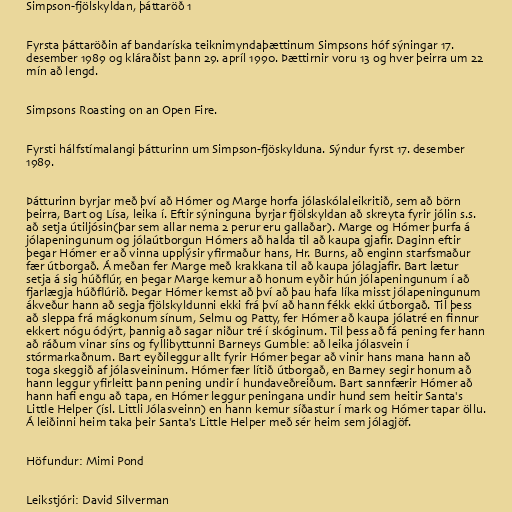
Simpson-fjölskyldan, þáttaröð 1

Fyrsta þáttaröðin af bandaríska teiknimyndaþættinum Simpsons hóf sýningar 17.
desember 1989 og kláraðist þann 29. apríl 1990. Þættirnir voru 13 og hver þeirra um 22
mín að lengd.

Simpsons Roasting on an Open Fire.

Fyrsti hálfstímalangi þátturinn um Simpson-fjöskylduna. Sýndur fyrst 17. desember
1989.

Þátturinn byrjar með því að Hómer og Marge horfa jólaskólaleikritið, sem að börn
þeirra, Bart og Lísa, leika í. Eftir sýninguna byrjar fjölskyldan að skreyta fyrir jólin s.s.
að setja útiljósin(þar sem allar nema 2 perur eru gallaðar). Marge og Hómer þurfa á
jólapeningunum og jólaútborgun Hómers að halda til að kaupa gjafir. Daginn eftir
þegar Hómer er að vinna upplýsir yfirmaður hans, Hr. Burns, að enginn starfsmaður
fær útborgað. Á meðan fer Marge með krakkana til að kaupa jólagjafir. Bart lætur
setja á sig húðflúr, en þegar Marge kemur að honum eyðir hún jólapeningunum í að
fjarlægja húðflúrið. Þegar Hómer kemst að því að þau hafa líka misst jólapeningunum
ákveður hann að segja fjölskyldunni ekki frá því að hann fékk ekki útborgað. Til þess
að sleppa frá mágkonum sínum, Selmu og Patty, fer Hómer að kaupa jólatré en finnur
ekkert nógu ódýrt, þannig að sagar niður tré í skóginum. Til þess að fá pening fer hann
að ráðum vinar síns og fyllibyttunni Barneys Gumble: að leika jólasvein í
stórmarkaðnum. Bart eyðileggur allt fyrir Hómer þegar að vinir hans mana hann að
toga skeggið af jólasveininum. Hómer fær lítið útborgað, en Barney segir honum að
hann leggur yfirleitt þann pening undir í hundaveðreiðum. Bart sannfærir Hómer að
hann hafi engu að tapa, en Hómer leggur peningana undir hund sem heitir Santa's
Little Helper (ísl. Littli Jólasveinn) en hann kemur síðastur í mark og Hómer tapar öllu.
Á leiðinni heim taka þeir Santa's Little Helper með sér heim sem jólagjöf.

Höfundur: Mimi Pond

Leikstjóri: David Silverman